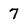
Character: 7